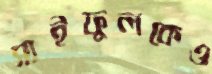
সাইফুলকেও